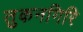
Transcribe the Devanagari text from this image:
तुकनगिरि